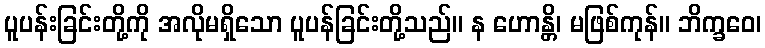
ပူပန်းခြင်းတို့ကို အလိုမရှိသော ပူပန်ခြင်းတို့သည်။ န ဟောန္တိ၊ မဖြစ်ကုန်။ ဘိက္ခဝေ၊